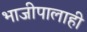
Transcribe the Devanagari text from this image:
भाजीपालाही